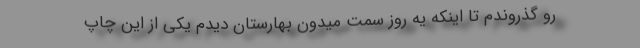
رو گذروندم تا اینکه یه روز سمت میدون بهارستان دیدم یکی از این چاپ